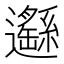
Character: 𨙂